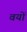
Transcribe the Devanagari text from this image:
वयों